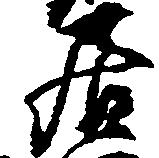
居